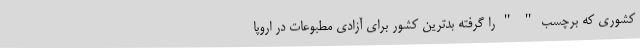
کشوری که برچسب " " را گرفته بدترین کشور برای آزادی مطبوعات در اروپا